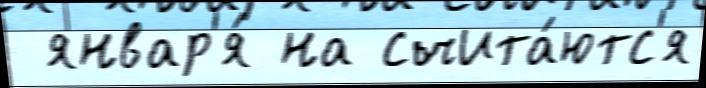
 январ'я́ на счита́ютс'я